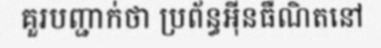
គួរបញ្ជាក់ថា ប្រព័ន្ធអ៊ីនធឺណិតនៅ